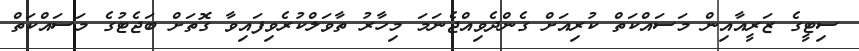
ސިޓީގެ ޒަރީއާއިން މަސައްކަތް ކުރިއަށް ގެންދެވިއްޖެނަމަ މިހާރު ތާވަލްކުރެވިފައިވާ ގޮތަށް ބަޖެޓުގެ މަސައްކަތް